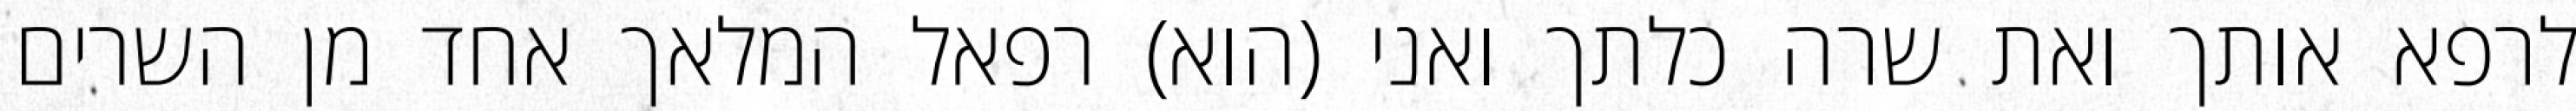
לרפא אותך ואת שרה כלתך ואני (הוא) רפאל המלאך אחד מן השרים